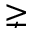
\gneq